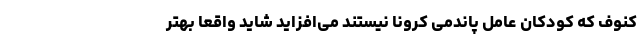
کنوف که کودکان عامل پاندمی کرونا نیستند می‌افزاید شاید واقعا بهتر